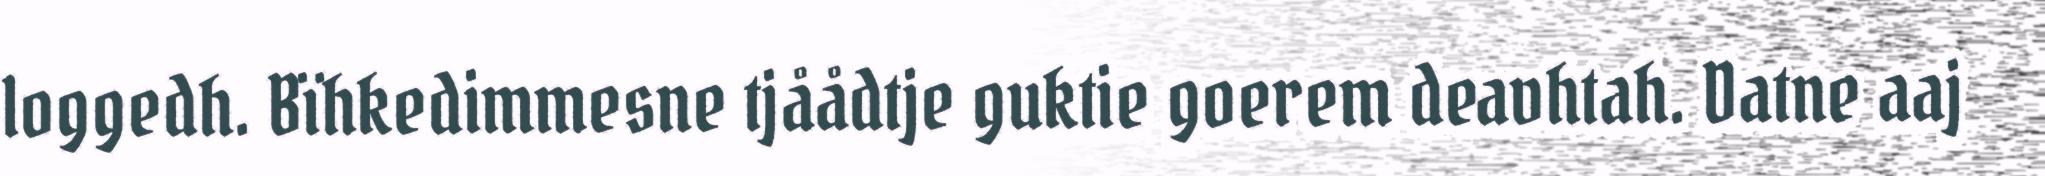
loggedh. Bïhkedimmesne tjåådtje guktie goerem deavhtah. Datne aaj